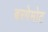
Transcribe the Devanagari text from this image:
बरगेमोट